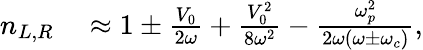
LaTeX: \begin{array}{rl}{n_{L,R}}&{{}\approx 1\pm\frac{V_{0}}{2\omega}+\frac{V_{0}^{2}}{8\omega^{2}}-\frac{\omega_{p}^{2}}{2\omega\left(\omega\pm\omega_{c}\right)},}\end{array}